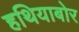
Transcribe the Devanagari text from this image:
हथियाबोर